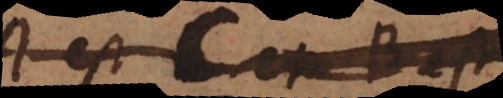
est C et B est